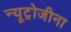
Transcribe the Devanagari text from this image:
न्यूट्रोजीना